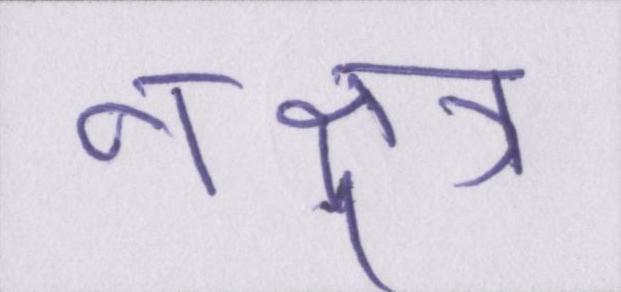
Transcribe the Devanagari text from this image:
नक्षत्र